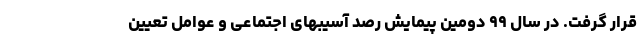
قرار گرفت. در سال ۹۹ دومین پیمایش رصد آسیبهای اجتماعی و عوامل تعیین